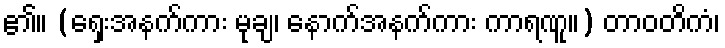
၏။ (ရှေးအနက်ကား မုချ၊ နောက်အနက်ကား ကာရဏူ။) တာဝတိကံ၊